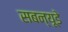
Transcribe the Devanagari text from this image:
सबन्यूडे